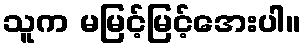
သူက မမြင့်မြင့်အေးပါ။